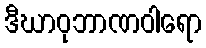
ဒီဃာဝုဘာဏဝါရော